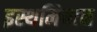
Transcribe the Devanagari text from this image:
इस्थमियान